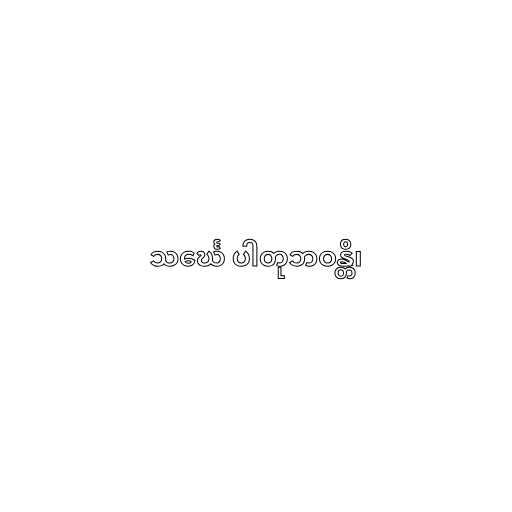
သင်္ဃေ ပါတုဘဝန္တိ၊